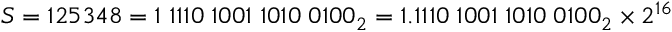
S = 1 2 5 3 4 8 = 1 \; 1 1 1 0 \; 1 0 0 1 \; 1 0 1 0 \; 0 1 0 0 _ { 2 } = 1 . 1 1 1 0 \; 1 0 0 1 \; 1 0 1 0 \; 0 1 0 0 _ { 2 } \times 2 ^ { 1 6 }